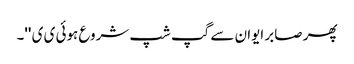
پھر صابر ایوان سے گپ شپ شروع ہوئی ی ی ''۔